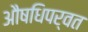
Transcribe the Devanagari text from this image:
औषधिपर्वत